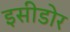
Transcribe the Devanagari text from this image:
इसीडोर